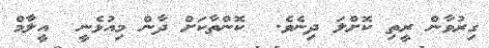
ގިރުވާން ރީތި ކޮށްލަ ދިނެވެ.  ކޮންތާކަށް ދާން މިއުޅެނީ  އީލާމް